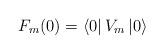
LaTeX: \begin{align*}F_{m}(0)=\left\langle 0\right| V_{m}\left| 0\right\rangle\end{align*}